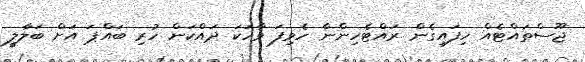
ޖޫސްތައްޓެއް ހިފައިގެން ރައްޓެހިންނާ ހެވިފަ ވާހަކަ ދައްކަން ހުރި ބައްޕަ އަށް ބަލާލީ